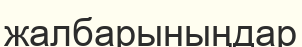
жалбарыныңдар